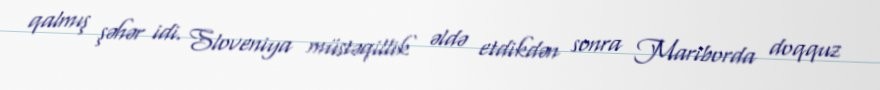
qalmış şəhər idi. Sloveniya müstəqillik əldə etdikdən sonra Mariborda doqquz